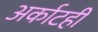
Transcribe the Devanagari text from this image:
अर्काटही